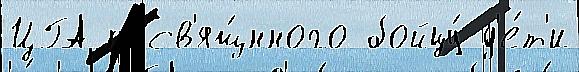
ЦГА посв'ящ́нного бойцу́ д'е́т'и